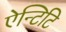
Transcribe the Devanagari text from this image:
ऐन्टिटि